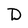
Character: D